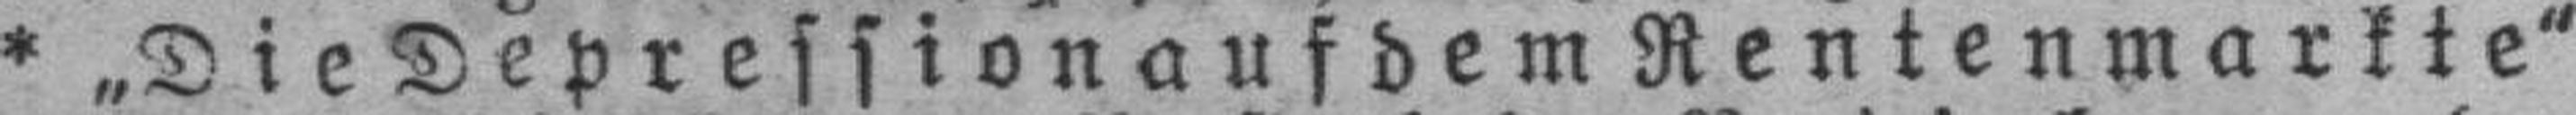
* „Die Depression auf dem Rentenmarkte“